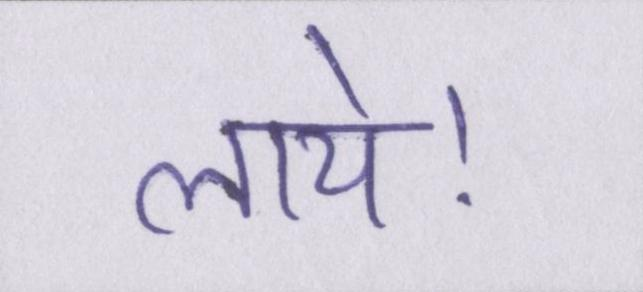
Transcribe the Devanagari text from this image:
लाये।